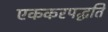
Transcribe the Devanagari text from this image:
एककरपद्धति